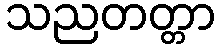
သညတတ္တာ